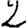
Digit: 2